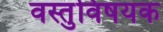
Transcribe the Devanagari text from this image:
वस्तुविषयक